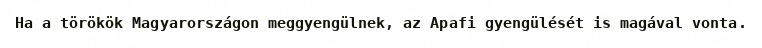
Ha a törökök Magyarországon meggyengülnek, az Apafi gyengülését is magával vonta.